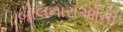
બોલનારાઓની